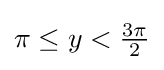
{\textstyle \pi \leq y<{\frac {3\pi }{2}}}